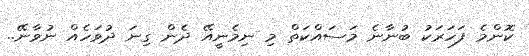
ކޮންމެ ފަހަރަކު ބުނާނެ މަސައްކަތް މި ނިމެނީއޭ ދެން ގިނަ ދުވަހެއް ނުވާނޭ..